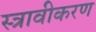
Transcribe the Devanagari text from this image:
स्त्रावीकरण